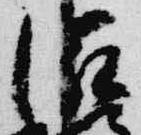
滋